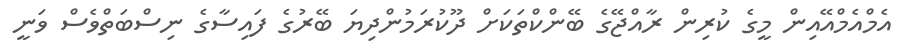
އެމްއެމްއޭއިން މީގެ ކުރިން ރާއްޖޭގެ ބޭންކްތަކަށް ދޫކުރަމުންދިޔަ ބޭރުގެ ފައިސާގެ ނިސްބަތްވެސް ވަނީ